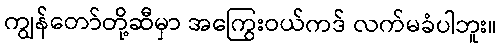
ကျွန်တော်တို့ဆီမှာ အကြွေးဝယ်ကဒ် လက်မခံပါဘူး။